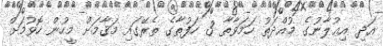
އަދި އިޢުލާނުގެ މުއްދަތު ހަމަވާތާ 3 ހަފުތާގެ ތެރޭގައި މަޤާމަށް މީހުން ހޮވުމަށް